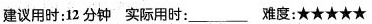
建议用时:12 分钟 实际用时:___难度:★★★★★